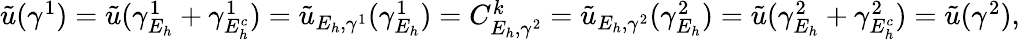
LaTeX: \begin{array}{r}{\tilde{u}(\gamma^{1})=\tilde{u}(\gamma_{E_{h}}^{1}+\gamma_{E_{h}^{c}}^{1})=\tilde{u}_{E_{h},\gamma^{1}}(\gamma_{E_{h}}^{1})=C_{E_{h},\gamma^{2}}^{k}=\tilde{u}_{E_{h},\gamma^{2}}(\gamma_{E_{h}}^{2})=\tilde{u}(\gamma_{E_{h}}^{2}+\gamma_{E_{h}^{c}}^{2})=\tilde{u}(\gamma^{2}),}\end{array}